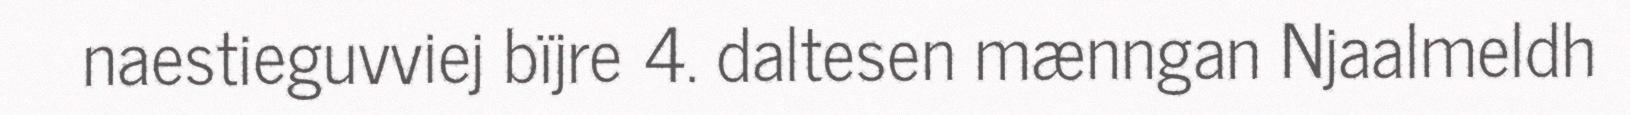
naestieguvviej bïjre 4. daltesen mænngan Njaalmeldh